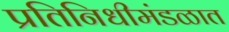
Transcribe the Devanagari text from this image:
प्रतिनिधीमंडळात